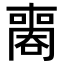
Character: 𠿧